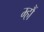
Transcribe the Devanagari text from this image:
म्हौं